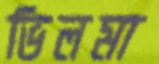
ভিলমা